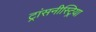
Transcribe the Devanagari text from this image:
ट्रांसनीस्ट्रिया